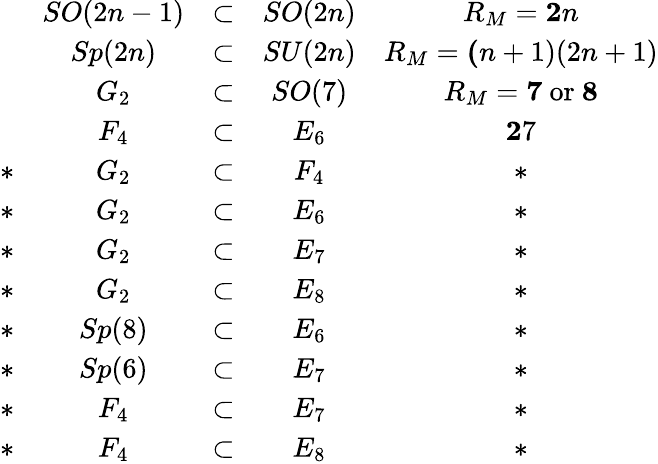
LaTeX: \begin{array}{ccccc}{{}}&{{SO(2n-1)}}&{{\subset}}&{{SO(2n)}}&{{R_{M}={\mathbf 2n}}}\\ {{}}&{{Sp(2n)}}&{{\subset}}&{{SU(2n)}}&{{R_{M}={\mathbf(n+1)(2n+1)}}}\\ {{}}&{{G_{2}}}&{{\subset}}&{{SO(7)}}&{{R_{M}={\mathbf 7}\mathrm{\ or\ }{\mathbf 8}}}\\ {{}}&{{F_{4}}}&{{\subset}}&{{E_{6}}}&{{{\mathbf 27}}}\\ {{\ast}}&{{G_{2}}}&{{\subset}}&{{F_{4}}}&{{\ast}}\\ {{\ast}}&{{G_{2}}}&{{\subset}}&{{E_{6}}}&{{\ast}}\\ {{\ast}}&{{G_{2}}}&{{\subset}}&{{E_{7}}}&{{\ast}}\\ {{\ast}}&{{G_{2}}}&{{\subset}}&{{E_{8}}}&{{\ast}}\\ {{\ast}}&{{Sp(8)}}&{{\subset}}&{{E_{6}}}&{{\ast}}\\ {{\ast}}&{{Sp(6)}}&{{\subset}}&{{E_{7}}}&{{\ast}}\\ {{\ast}}&{{F_{4}}}&{{\subset}}&{{E_{7}}}&{{\ast}}\\ {{\ast}}&{{F_{4}}}&{{\subset}}&{{E_{8}}}&{{\ast}}\end{array}